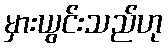
မှားယွင်းသည်ဟု